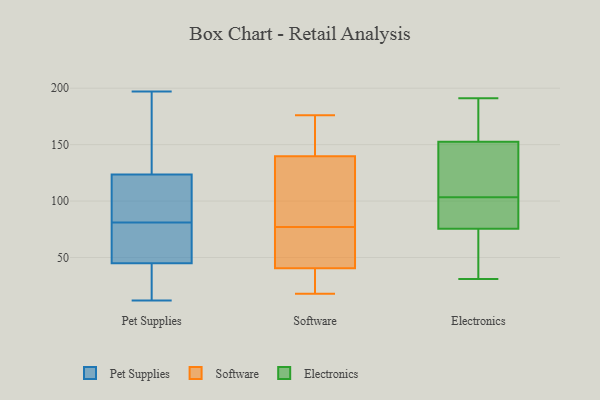
{"axis": {"x": "Waste Production (Tons)", "y": "Value"}, "legend": ["Electronics", "Pet Supplies", "Software"], "data": [{"x": "", "y": 131, "type": "Pet Supplies"}, {"x": "", "y": 188, "type": "Pet Supplies"}, {"x": "", "y": 18, "type": "Pet Supplies"}, {"x": "", "y": 114, "type": "Pet Supplies"}, {"x": "", "y": 82, "type": "Pet Supplies"}, {"x": "", "y": 45, "type": "Pet Supplies"}, {"x": "", "y": 80, "type": "Pet Supplies"}, {"x": "", "y": 197, "type": "Pet Supplies"}, {"x": "", "y": 55, "type": "Pet Supplies"}, {"x": "", "y": 12, "type": "Pet Supplies"}, {"x": "", "y": 116, "type": "Pet Supplies"}, {"x": "", "y": 45, "type": "Pet Supplies"}, {"x": "", "y": 98, "type": "Software"}, {"x": "", "y": 36, "type": "Software"}, {"x": "", "y": 176, "type": "Software"}, {"x": "", "y": 42, "type": "Software"}, {"x": "", "y": 175, "type": "Software"}, {"x": "", "y": 89, "type": "Software"}, {"x": "", "y": 169, "type": "Software"}, {"x": "", "y": 77, "type": "Software"}, {"x": "", "y": 63, "type": "Software"}, {"x": "", "y": 130, "type": "Software"}, {"x": "", "y": 21, "type": "Software"}, {"x": "", "y": 51, "type": "Software"}, {"x": "", "y": 18, "type": "Software"}, {"x": "", "y": 108, "type": "Electronics"}, {"x": "", "y": 93, "type": "Electronics"}, {"x": "", "y": 99, "type": "Electronics"}, {"x": "", "y": 119, "type": "Electronics"}, {"x": "", "y": 191, "type": "Electronics"}, {"x": "", "y": 144, "type": "Electronics"}, {"x": "", "y": 78, "type": "Electronics"}, {"x": "", "y": 31, "type": "Electronics"}, {"x": "", "y": 69, "type": "Electronics"}, {"x": "", "y": 161, "type": "Electronics"}, {"x": "", "y": 161, "type": "Electronics"}, {"x": "", "y": 73, "type": "Electronics"}]}